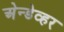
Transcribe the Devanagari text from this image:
अेन्डेव्हर